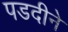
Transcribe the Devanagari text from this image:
पडदीने